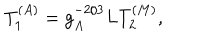
LaTeX: T _ { 1 } ^ { ( A ) } = g _ { A } ^ { - 2 / 3 } L T _ { 2 } ^ { ( M ) } ,